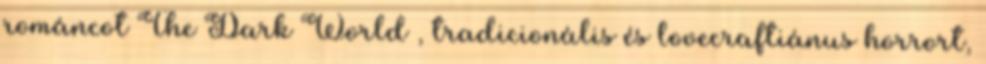
románcot The Dark World , tradicionális és lovecraftiánus horrort,